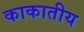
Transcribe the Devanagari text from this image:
काकातीय